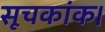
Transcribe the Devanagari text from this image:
सूचकांक।